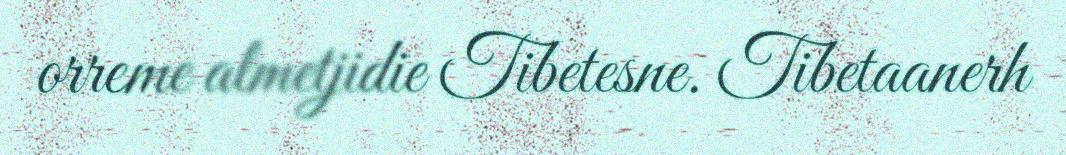
orreme almetjidie Tibetesne. Tibetaanerh